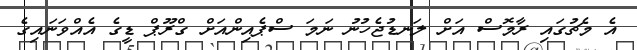
އެ މެޗުގައި ރާމޮސް އަށް ލަނޑުޖެހުނު ނަމަ ސްޕެއިންއަށް ގްރޫޕް ޑީގެ އެއްވަނައިގެ